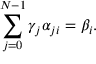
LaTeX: \sum _ { j = 0 } ^ { N - 1 } \gamma _ { j } \alpha _ { j i } = \beta _ { i } .